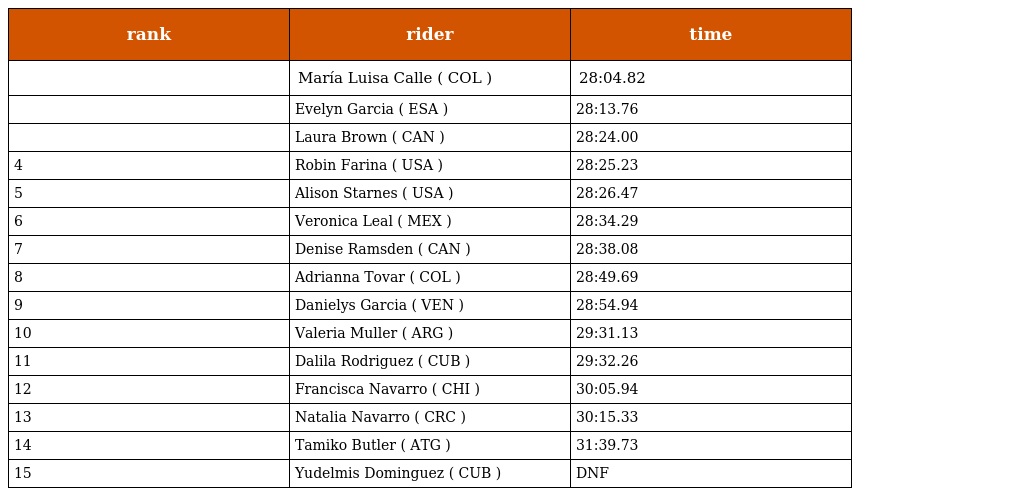
| rank | rider | time |
 | --- | --- | --- |
 |  | María Luisa Calle ( COL ) | 28:04.82 |
 |  | Evelyn Garcia ( ESA ) | 28:13.76 |
 |  | Laura Brown ( CAN ) | 28:24.00 |
 | 4 | Robin Farina ( USA ) | 28:25.23 |
 | 5 | Alison Starnes ( USA ) | 28:26.47 |
 | 6 | Veronica Leal ( MEX ) | 28:34.29 |
 | 7 | Denise Ramsden ( CAN ) | 28:38.08 |
 | 8 | Adrianna Tovar ( COL ) | 28:49.69 |
 | 9 | Danielys Garcia ( VEN ) | 28:54.94 |
 | 10 | Valeria Muller ( ARG ) | 29:31.13 |
 | 11 | Dalila Rodriguez ( CUB ) | 29:32.26 |
 | 12 | Francisca Navarro ( CHI ) | 30:05.94 |
 | 13 | Natalia Navarro ( CRC ) | 30:15.33 |
 | 14 | Tamiko Butler ( ATG ) | 31:39.73 |
 | 15 | Yudelmis Dominguez ( CUB ) | DNF |